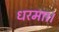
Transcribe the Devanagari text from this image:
धरमा।।